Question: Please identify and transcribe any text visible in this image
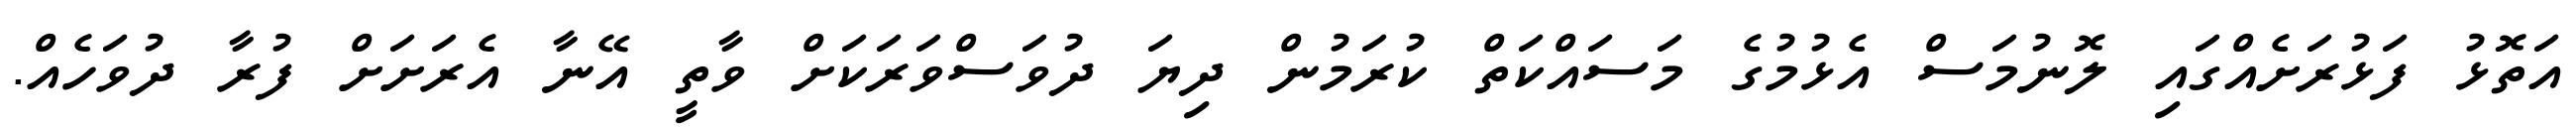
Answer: އަތޮޅު ފަޅުރަށެއްގައި ލޮނުމަސް އެޅުމުގެ މަސައްކަތް ކުރަމުން ދިޔަ ދުވަސްވަރަކަށް ވާތީ އޭނާ އެރަށަށް ފުރާ ދުވަހެއް.